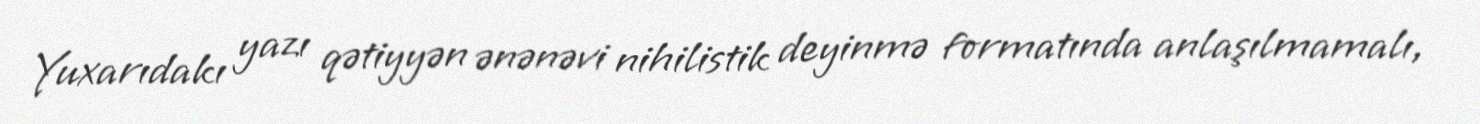
Yuxarıdakı yazı qətiyyən ənənəvi nihilistik deyinmə formatında anlaşılmamalı,